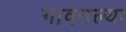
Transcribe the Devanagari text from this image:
गावतल्या